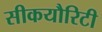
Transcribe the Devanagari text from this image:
सीकयौरिटी